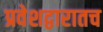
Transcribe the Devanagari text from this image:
प्रवेशद्वारातच